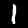
Label: 1